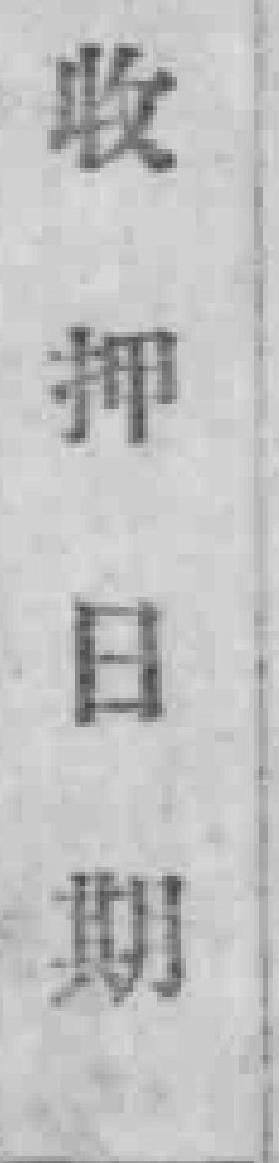
收押日期